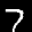
Label: 7